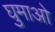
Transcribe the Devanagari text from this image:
घुमाओ